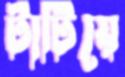
টাটিয়ে